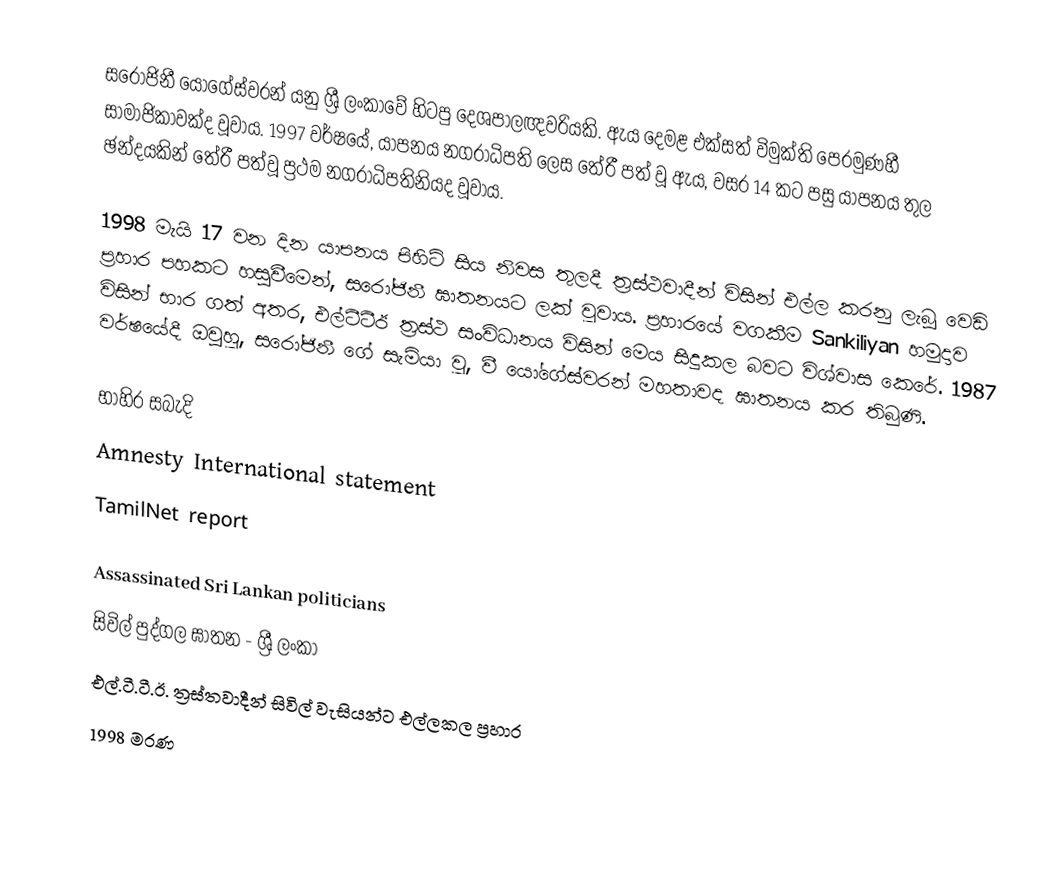
සරෝජිනී යෝගේස්වරන් යනු ශ්‍රී ලංකාවේ හිටපු දෙශපාලඥවරියකි. ඇය දෙමළ එක්සත් විමුක්ති පෙරමුණහී සාමාජිකාවක්ද වූවාය. 1997 වර්ෂයේ, යාපනය නගරාධිපති ලෙස තේරී පත් වූ  ඇය, වසර 14 කට පසු යාපනය තුල ඡන්දයකින් තේරී පත්වූ ප්‍රථම නගරාධිපතිනියද වූවාය.

1998 මැයි 17 වන දින යාපනය පිහිටි සිය නිවස තුලදී ත්‍රස්ථවාදීන් විසින් එල්ල කරනු ලැබූ වෙඩි ප්‍රහාර පහකට හසුවීමෙන්, සරෝජිනී ඝාතනයට ලක් වූවාය. ප්‍රහාරයේ වගකීම Sankiliyan හමුදාව විසින් භාර ගත් අතර, එල්ටීටීඊ ත්‍රස්ථ සංවිධානය විසින් මෙය සිදුකල බවට විශ්වාස කෙරේ. 1987 වර්ෂයේදී ඔවුහූ, සරෝජිනී ගේ සැමියා වූ, වී යෝගේස්වරන් මහතාවද ඝාතනය කර තිබුණි.

භාහිර සබැදි
 Amnesty International statement
 TamilNet report

Assassinated Sri Lankan politicians
සිවිල් පුද්ගල ඝාතන - ශ්‍රී ලංකා
එල්.ටී.ටී.ඊ. ත්‍රස්තවාදීන් සිවිල් වැසියන්ට එල්ලකල ප්‍රහාර
1998 මරණ